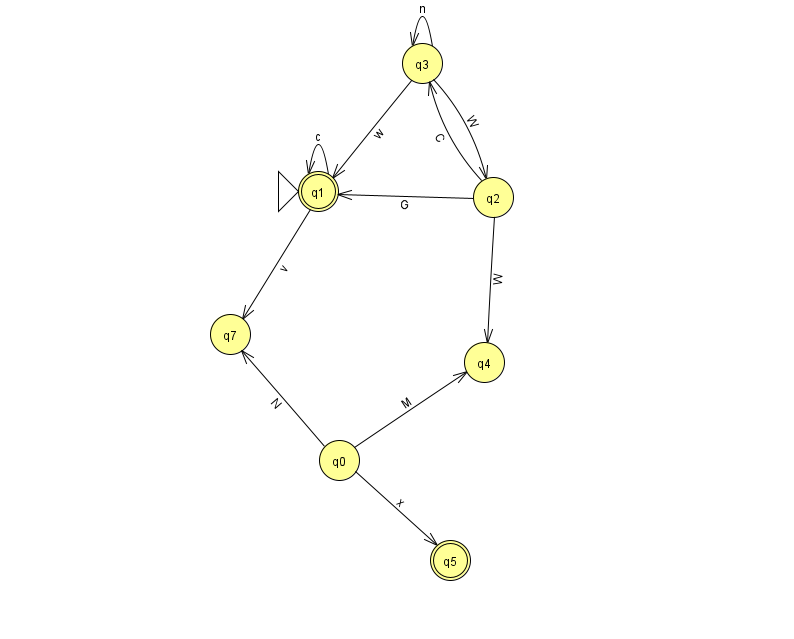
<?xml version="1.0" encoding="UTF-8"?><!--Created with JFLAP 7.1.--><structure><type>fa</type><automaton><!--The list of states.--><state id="0" name="q0"><x>339.0</x><y>447.0</y></state><state id="1" name="q1"><x>318.0</x><y>178.0</y><initial/><final/></state><state id="2" name="q2"><x>493.0</x><y>184.0</y></state><state id="3" name="q3"><x>422.0</x><y>50.0</y></state><state id="4" name="q4"><x>484.0</x><y>349.0</y></state><state id="5" name="q5"><x>450.0</x><y>547.0</y><final/></state><state id="7" name="q7"><x>230.0</x><y>321.0</y></state><!--The list of transitions.--><transition><from>0</from><to>5</to><read>x</read></transition><transition><from>0</from><to>7</to><read>N</read></transition><transition><from>1</from><to>1</to><read>c</read></transition><transition><from>1</from><to>7</to><read>v</read></transition><transition><from>0</from><to>4</to><read>M</read></transition><transition><from>3</from><to>1</to><read>w</read></transition><transition><from>2</from><to>4</to><read>W</read></transition><transition><from>3</from><to>2</to><read>W</read></transition><transition><from>2</from><to>1</to><read>G</read></transition><transition><from>2</from><to>3</to><read>C</read></transition><transition><from>3</from><to>3</to><read>n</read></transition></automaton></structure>